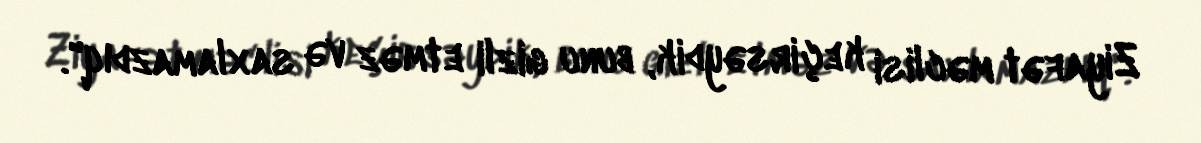
Ziyafət məclisi keçirsəydik, bunu gizli etməz və saxlamazdıq".